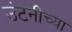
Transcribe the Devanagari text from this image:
उंटनीच्या